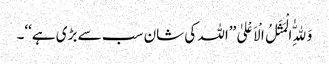
وَلِلّٰهِ الْمَثَلُ الْاَعْلیٰ ’’اللہ کی شان سب سے بڑی ہے‘‘۔